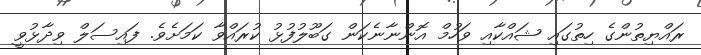
ރައްޔިތުންގެ ހިތުގައި ޝައްކާއި ވަހުމް އޮންނާނެކަން ގަބޫލުފުޅު ކުރައްވާ ކަމަށެވެ. ފައިސަލް ވިދާޅުވީ